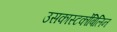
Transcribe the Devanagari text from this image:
उसकास्‍टर्कोबिलिन